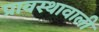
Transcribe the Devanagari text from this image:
प्रावस्थावाली